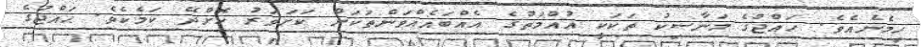
ހިމެނެއެވެ. ޙައްޖުގެ މަނާސިކު ތަކަކީ އުއްމަތުގެ އެއްބައެއްވަންތަކަން ކަށަވަރު ކޮށްދޭ ކަމެކެވެ. ޙައްޖުގެ